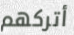
أتركهم